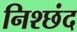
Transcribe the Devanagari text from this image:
निश्छंद